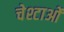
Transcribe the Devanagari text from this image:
चेश्टाओं